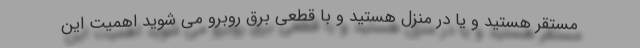
مستقر هستید و یا در منزل هستید و با قطعی برق روبرو می شوید اهمیت این